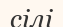
сілі